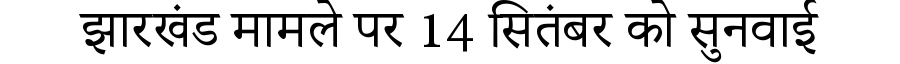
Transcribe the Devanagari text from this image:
झारखंड मामले पर 14 सितंबर को सुनवाई